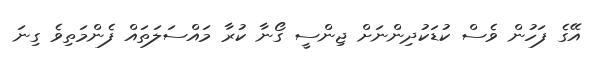
އޭގެ ފަހުން ވެސް ކުޑަކުދިންނަށް ޖިންސީ ގޯނާ ކުރާ މައްސަލަތައް ފެންމަތިވެ ގިނަ